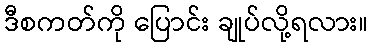
ဒီစကတ်ကို ပြောင်း ချုပ်လို့ရလား။